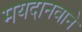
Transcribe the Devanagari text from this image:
मयदानवाने